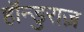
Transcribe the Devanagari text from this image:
हॉन्डुराज़